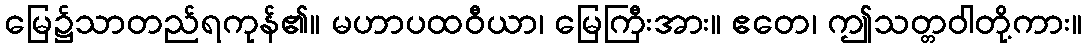
မြေ၌သာတည်ရကုန်၏။ မဟာပထဝီယာ၊ မြေကြီးအား။ ဧတေ၊ ဤသတ္တဝါတို့ကား။